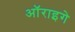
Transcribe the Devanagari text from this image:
ऑराइगे